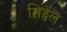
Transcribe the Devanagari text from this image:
सिड्वेल